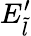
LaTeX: E_{\tilde{l}}^{\prime}